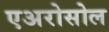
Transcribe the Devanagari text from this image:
एअरोसोल